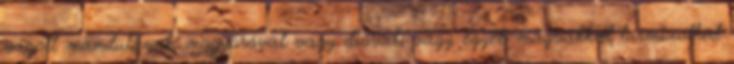
vágott mandulával, mogyoróval vagy dióval, vagy egyéb magvakkal turmixolhat